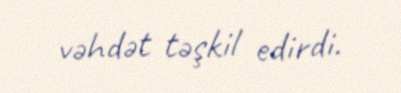
vəhdət təşkil edirdi.